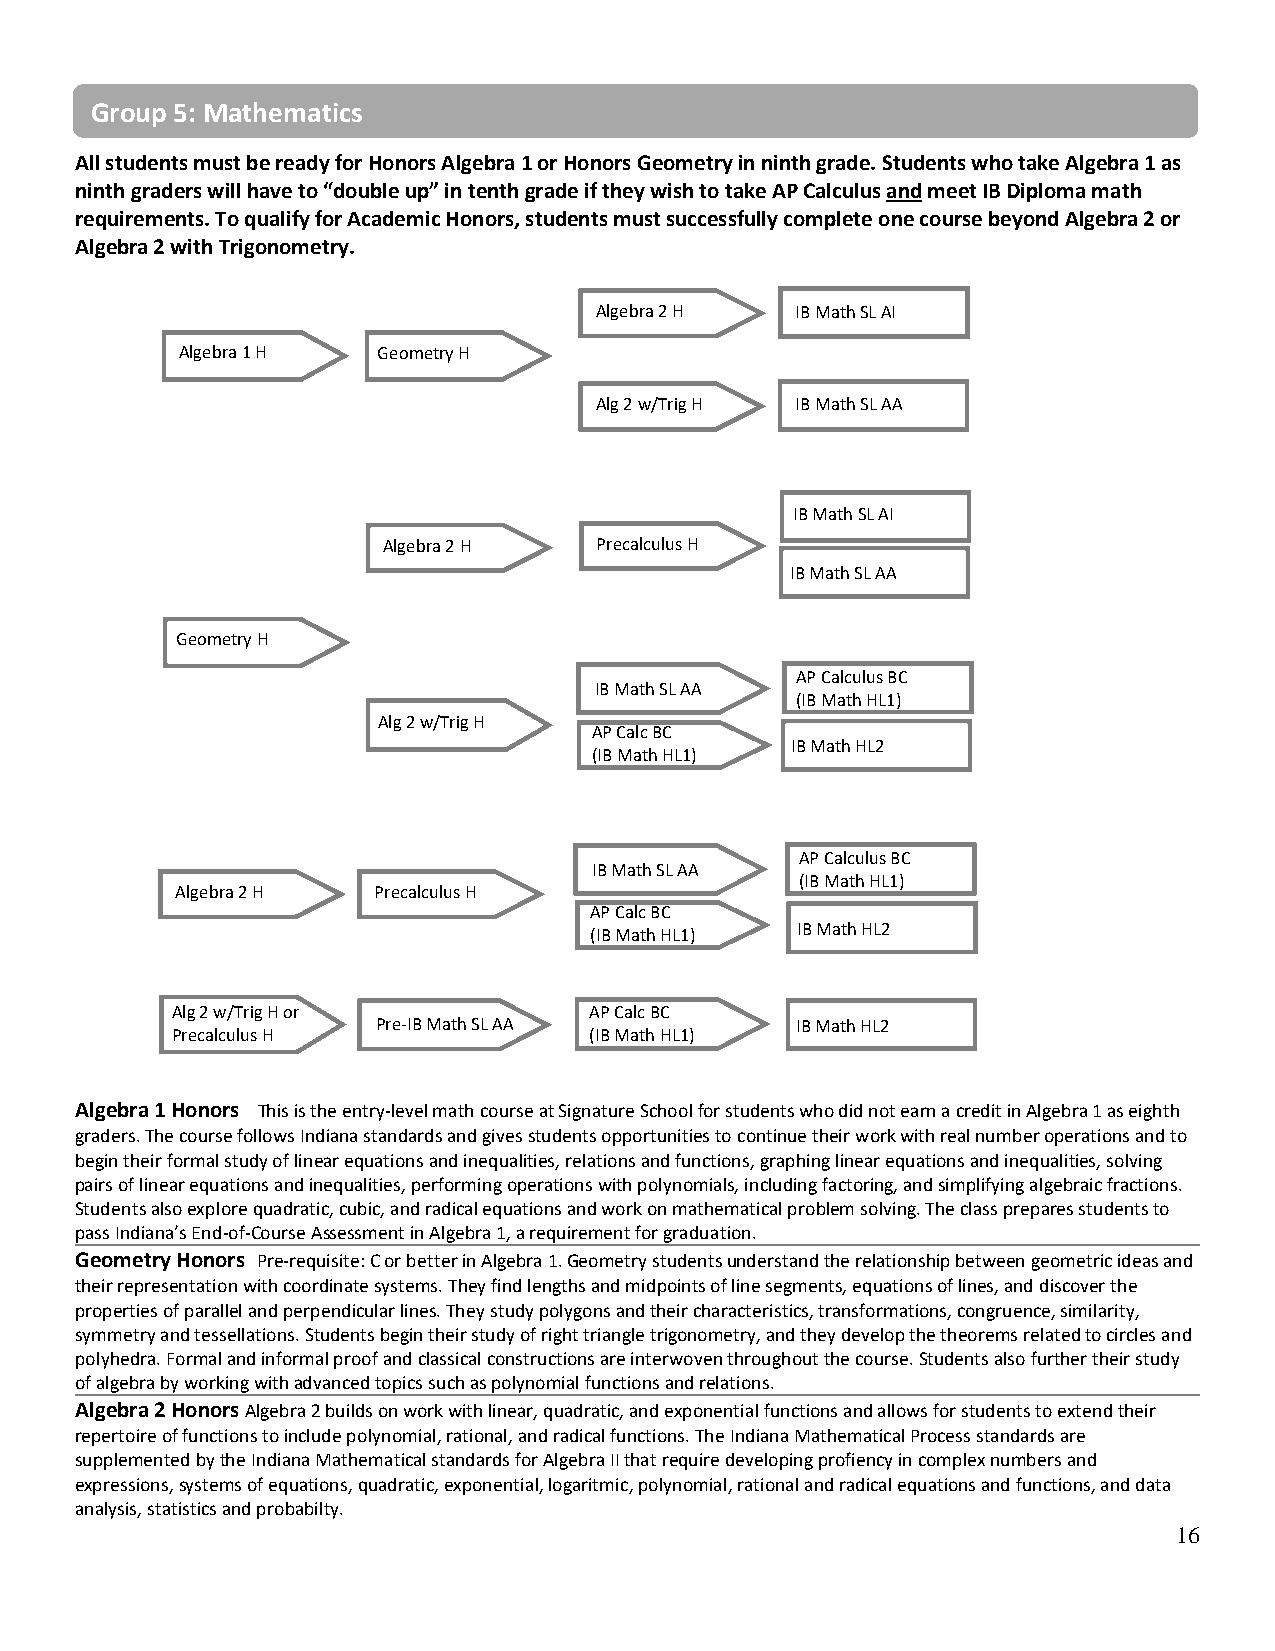
Group 5: Mathematics
 All students must be ready for Honors Algebra 1 or Honors Geometry in ninth grade. Students who take Algebra 1 as
 ninth graders will have to “double up” in tenth grade if they wish to take AP Calculus and meet IB Diploma math
 requirements. To qualify for Academic Honors, students must successfully complete one course beyond Algebra 2 or
 Algebra 2 with Trigonometry.
 Algebra 2 H   IB Math SL AI
 Algebra 1 H  Geometry H
 Alg 2 w/Trig H IB Math SL AA
 IB Math SL AI
 Algebra 2 H   Precalculus H
 IB Math SL AA
 Geometry H
 AP Calculus BC
 IB Math SL AA
 (IB Math HL1)
 Alg 2 w/Trig H
 AP Calc BC
 IB Math HL2
 (IB Math HL1)
 AP Calculus BC
 IB Math SL AA
 (IB Math HL1)
 Algebra 2 H  Precalculus H
 AP Calc BC
 (IB Math HL1) IB Math HL2
 Alg 2 w/Trig H or           AP Calc BC
 Pre-IB Math SL AA           IB Math HL2
 Precalculus H               (IB Math HL1)
 Algebra 1 Honors This is the entry-level math course at Signature School for students who did not earn a credit in Algebra 1 as eighth
 graders. The course follows Indiana standards and gives students opportunities to continue their work with real number operations and to
 begin their formal study of linear equations and inequalities, relations and functions, graphing linear equations and inequalities, solving
 pairs of linear equations and inequalities, performing operations with polynomials, including factoring, and simplifying algebraic fractions.
 Students also explore quadratic, cubic, and radical equations and work on mathematical problem solving. The class prepares students to
 pass Indiana’s End-of-Course Assessment in Algebra 1, a requirement for graduation.
 Geometry Honors Pre-requisite: C or better in Algebra 1. Geometry students understand the relationship between geometric ideas and
 their representation with coordinate systems. They find lengths and midpoints of line segments, equations of lines, and discover the
 properties of parallel and perpendicular lines. They study polygons and their characteristics, transformations, congruence, similarity,
 symmetry and tessellations. Students begin their study of right triangle trigonometry, and they develop the theorems related to circles and
 polyhedra. Formal and informal proof and classical constructions are interwoven throughout the course. Students also further their study
 of algebra by working with advanced topics such as polynomial functions and relations.
 Algebra 2 Honors Algebra 2 builds on work with linear, quadratic, and exponential functions and allows for students to extend their
 repertoire of functions to include polynomial, rational, and radical functions. The Indiana Mathematical Process standards are
 supplemented by the Indiana Mathematical standards for Algebra II that require developing profiency in complex numbers and
 expressions, systems of equations, quadratic, exponential, logaritmic, polynomial, rational and radical equations and functions, and data
 analysis, statistics and probabilty.
 16